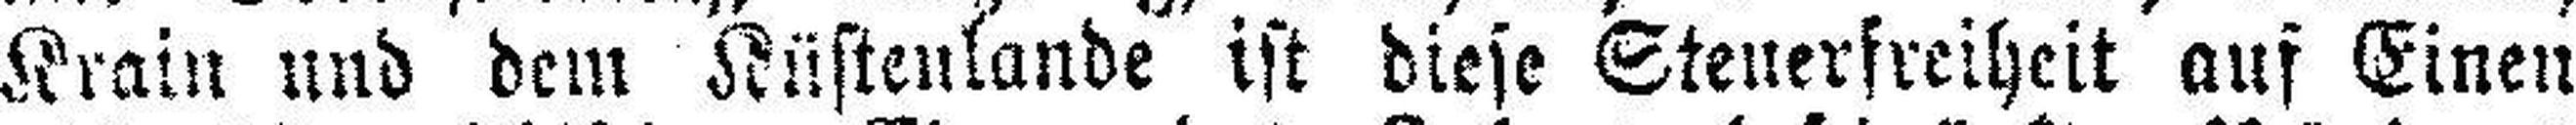
Krain und dem Küstenlande ist diese Steuerfreiheit auf Einen